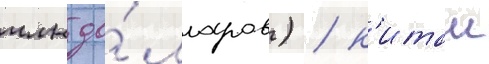
млн до́лларов) / к'итаи